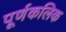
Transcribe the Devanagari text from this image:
पूर्णकलिक